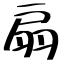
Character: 扇